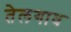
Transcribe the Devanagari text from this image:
तेलगाव